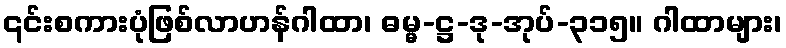
၎င်းစကားပုံဖြစ်လာဟန်ဂါထာ၊ ဓမ္မ-ဋ္ဌ-ဒု-အုပ်-၃၁၅။ ဂါထာများ၊